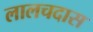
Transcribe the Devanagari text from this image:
लालचदास